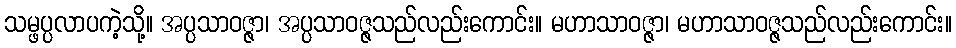
သမ္ဖပ္ပလာပကဲ့သို့။ အပ္ပသာဝဇ္ဇာ၊ အပ္ပသာဝဇ္ဇသည်လည်းကောင်း။ မဟာသာဝဇ္ဇာ၊ မဟာသာဝဇ္ဇသည်လည်းကောင်း။